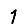
Digit: 1